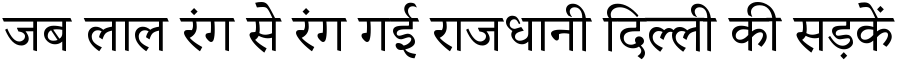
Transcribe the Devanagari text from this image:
जब लाल रंग से रंग गई राजधानी दिल्ली की सड़कें